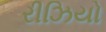
રીઝિયો